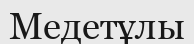
Медетұлы